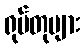
ရုပ်တုများ